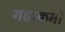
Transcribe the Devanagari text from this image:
महाक्रमो